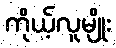
ကိုယ့်လူမျိုး